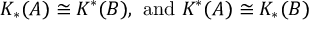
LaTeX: K _ { * } ( A ) \cong K ^ { * } ( B ) , \ \mathrm { a n d } \ K ^ { * } ( A ) \cong K _ { * } ( B )